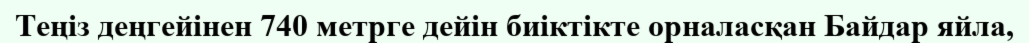
Теңіз деңгейінен 740 метрге дейін биіктікте орналасқан Байдар яйла,